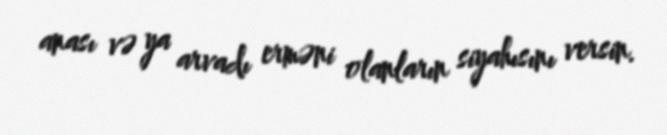
anası və ya arvadı erməni olanların siyahısını versin.